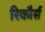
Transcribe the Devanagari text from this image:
रिकौर्स